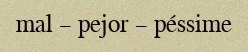
mal – pejor – péssime